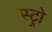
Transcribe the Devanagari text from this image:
स्ट्रो